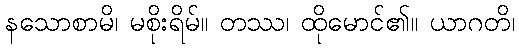
နသောစာမိ၊ မစိုးရိမ်။ တဿ၊ ထိုမောင်၏။ ယာဂတိ၊